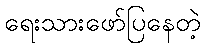
ရေးသားဖော်ပြနေတဲ့